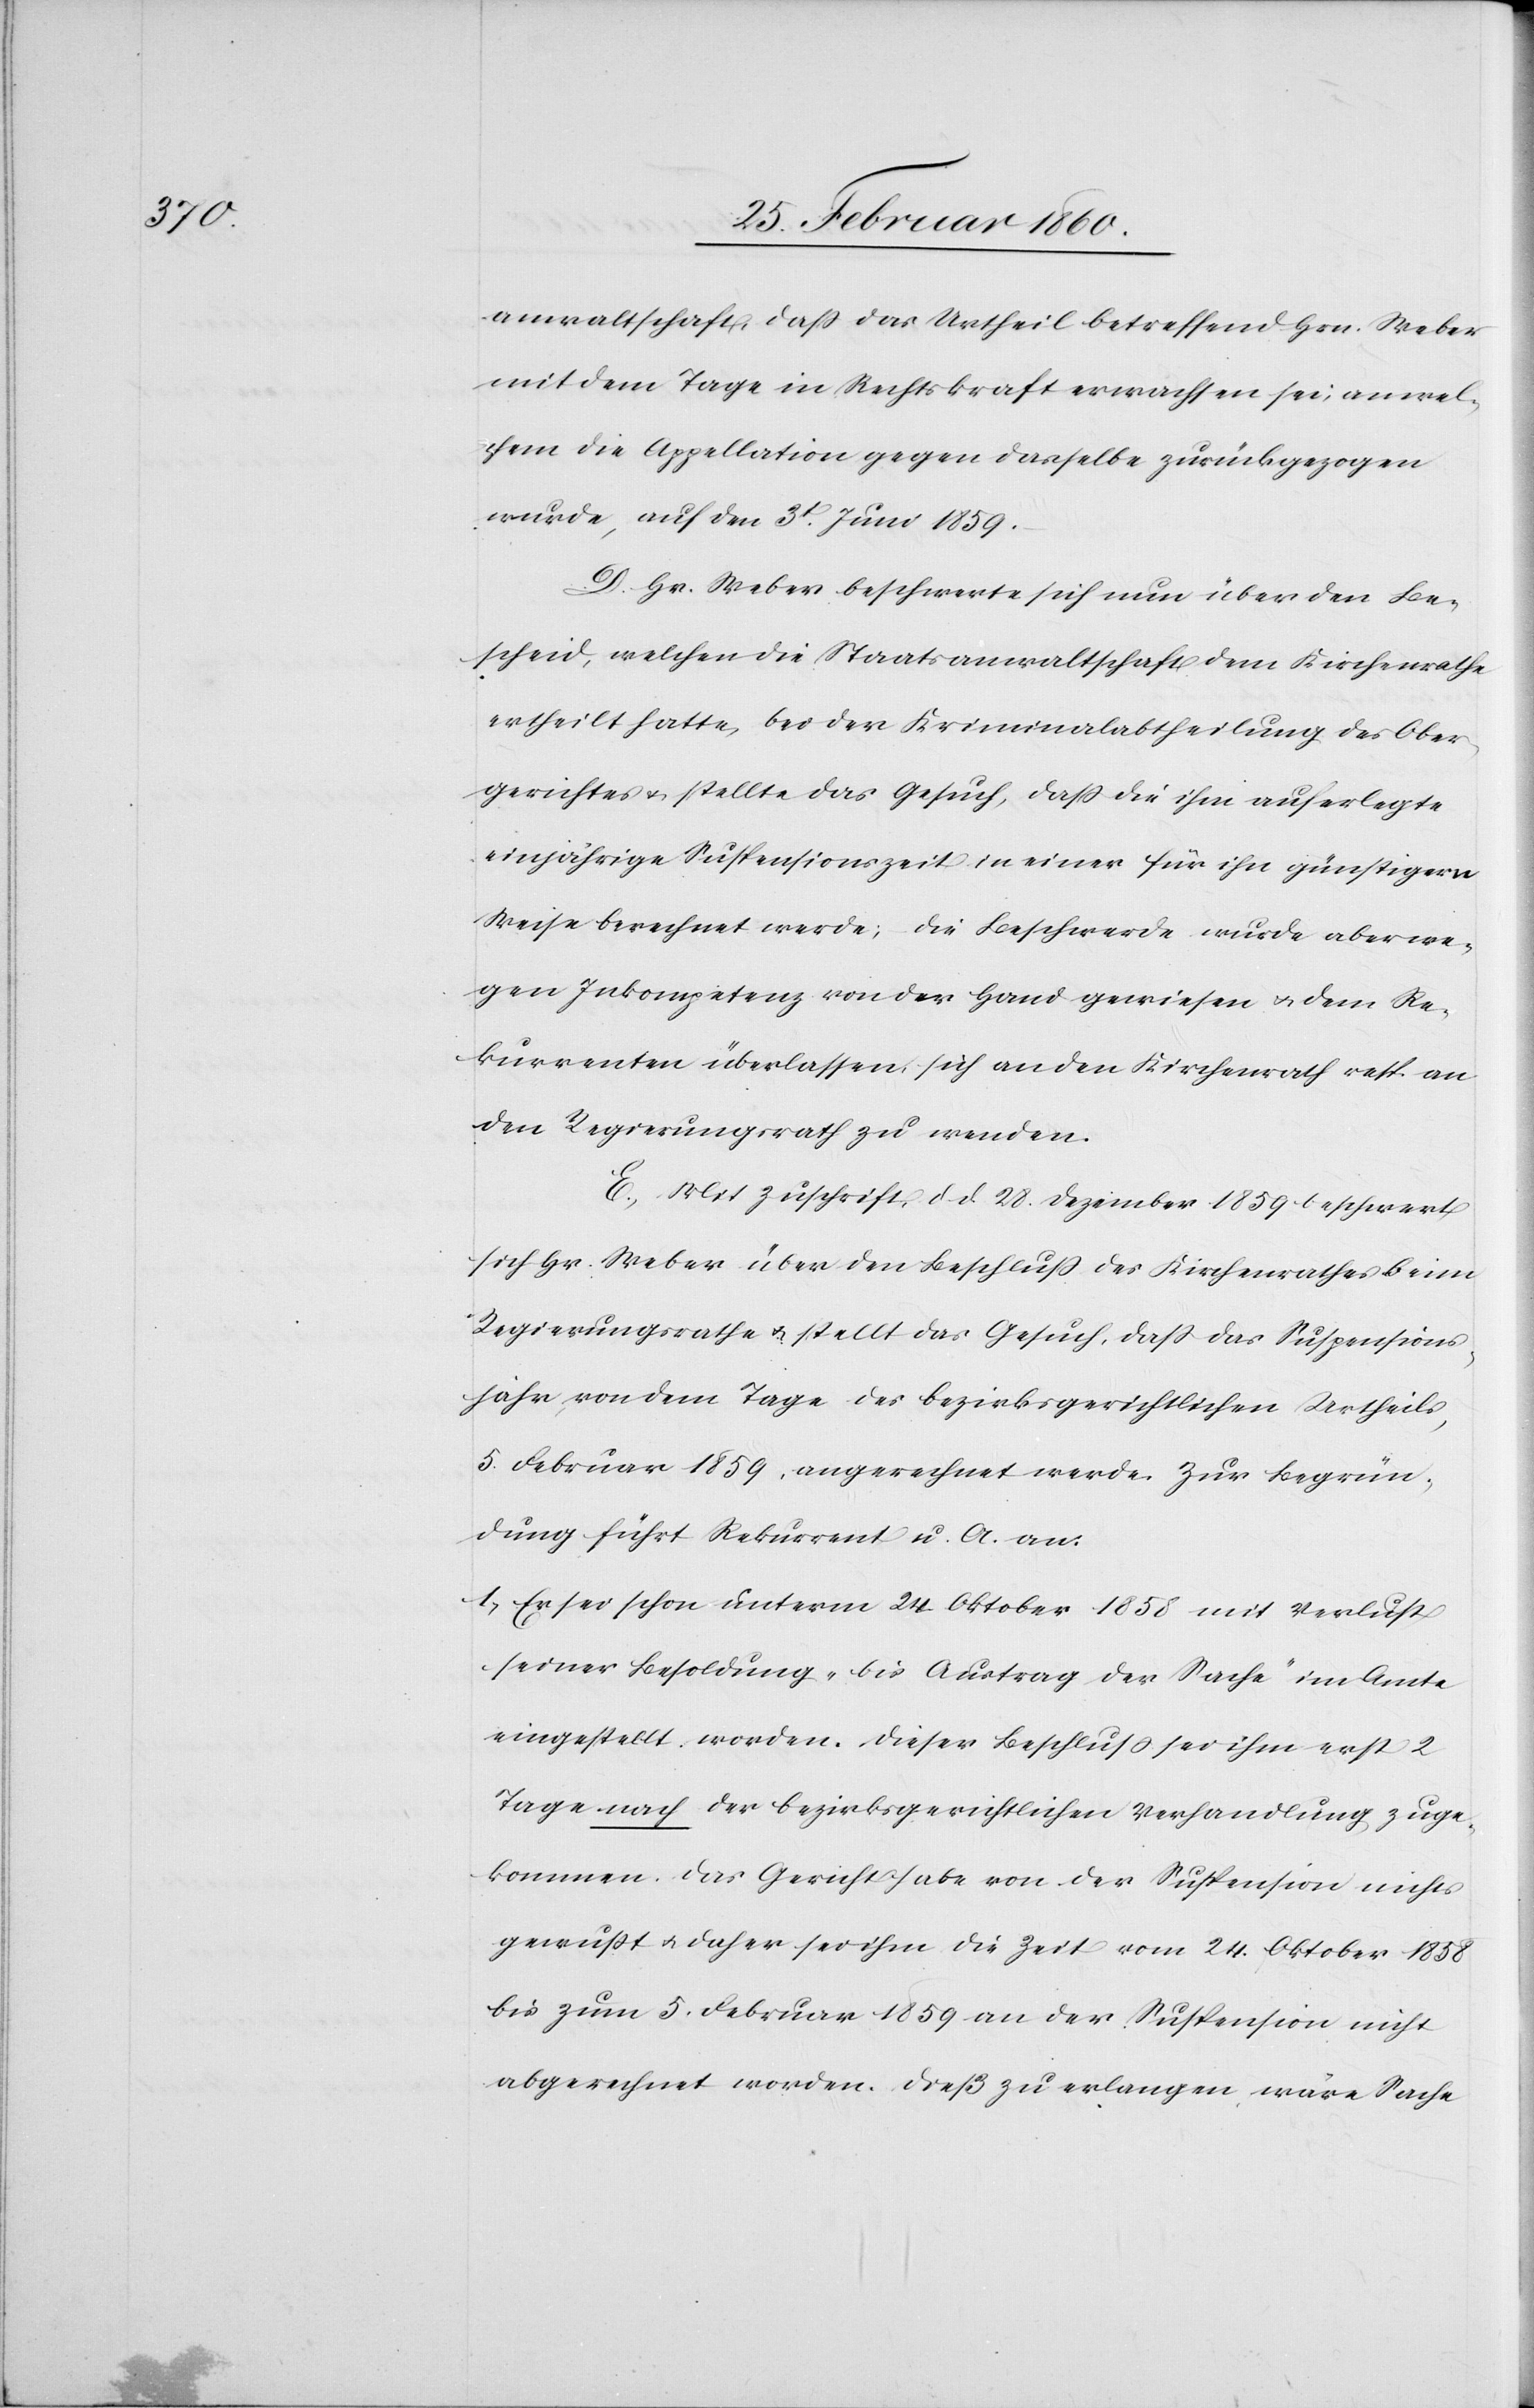
anwaltschaft, dass das Urtheil betreffend Hrn. Weber
mit dem Tage in Rechtskraft erwachsen sei, an wel¬
chem die Appellation gegen dasselbe zurückgezogen
wurde, auf den 3t Juni 1859.
D. Hr. Weber beschwert sich nun über den Be¬
scheid, welchen die Staatsanwaltschaft dem Kirchenrathe
ertheilt hatte, bei der Kriminalabtheilung des Ober¬
gerichtes u. stellte das Gesuch, daß die ihm auferlegte
einjährige Suspensionszeit in einer für ihn günstigern
Weise berechnet werde; die Beschwerde wurde aber we¬
gen Inkompetenz von der Hand gewiesen u. dem Re¬
kurrenten überlassen sich an den Kirchenrath resp. an
den Regierungsrath zu wenden.
E. Mit Zuschrift d. d. 28. Dezember 1859 beschwert
sich Hr. Weber über den Beschluss des Kirchenrathes beim
Regierungsrathe u. stellt das Gesuch, daß das Suspensions¬
jahr von dem Tage des bezirksgerichtlichen Urtheils,
5. Februar 1859, angerechnet werde. Zur Begrün¬
dung führt Rekurrent u. A. an:
1. Er sei schon unterm 24. Oktober 1858 mit Verlust
seiner Besoldung „bis Austrag der Sache“ im Amte
eingestellt worden. Dieser Beschluss sei ihm erst 2
Tage nach der bezirksgerichtlichen Verhandlung zuge¬
kommen. Das Gericht habe von der Suspension nicht
gewusst u. daher sei ihm die Zeit vom 24. Oktober 1858
bis zum 5. Februar 1859 an der Suspension nicht
abgerechnet worden. Diess zu verlangen wäre Sache